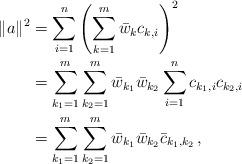
LaTeX: \begin{align*}\|a\|^2&=\sum_{i=1}^n\left(\sum_{k=1}^m\bar w_k c_{k,i}\right)^2\\&=\sum_{k_1=1}^m\sum_{k_2=1}^m\bar w_{k_1}\bar w_{k_2} \sum_{i=1}^nc_{k_1,i}c_{k_2,i}\\&=\sum_{k_1=1}^m\sum_{k_2=1}^m\bar w_{k_1}\bar w_{k_2} \bar c_{k_1,k_2}\,,\end{align*}